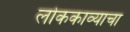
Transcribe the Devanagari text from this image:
लोककाव्याचा